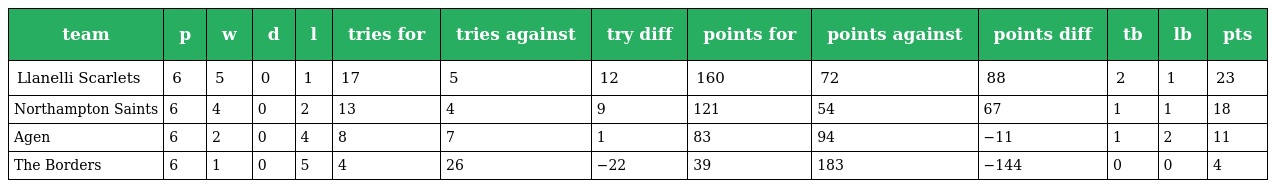
| team | p | w | d | l | tries for | tries against | try diff | points for | points against | points diff | tb | lb | pts |
 | --- | --- | --- | --- | --- | --- | --- | --- | --- | --- | --- | --- | --- | --- |
 | Llanelli Scarlets | 6 | 5 | 0 | 1 | 17 | 5 | 12 | 160 | 72 | 88 | 2 | 1 | 23 |
 | Northampton Saints | 6 | 4 | 0 | 2 | 13 | 4 | 9 | 121 | 54 | 67 | 1 | 1 | 18 |
 | Agen | 6 | 2 | 0 | 4 | 8 | 7 | 1 | 83 | 94 | −11 | 1 | 2 | 11 |
 | The Borders | 6 | 1 | 0 | 5 | 4 | 26 | −22 | 39 | 183 | −144 | 0 | 0 | 4 |